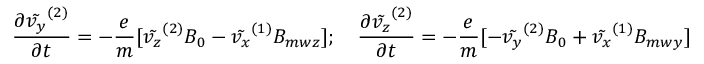
\frac { \partial \tilde { v _ { y } } ^ { ( 2 ) } } { \partial t } = - \frac { e } { m } [ \tilde { v _ { z } } ^ { ( 2 ) } B _ { 0 } - \tilde { v _ { x } } ^ { ( 1 ) } B _ { m w z } ] ; \quad \frac { \partial \tilde { v _ { z } } ^ { ( 2 ) } } { \partial t } = - \frac { e } { m } [ - \tilde { v _ { y } } ^ { ( 2 ) } B _ { 0 } + \tilde { v _ { x } } ^ { ( 1 ) } B _ { m w y } ]